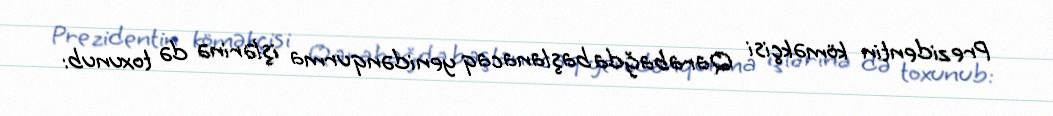
Prezidentin köməkçisi Qarabağda başlanacaq yenidənqurma işlərinə də toxunub: